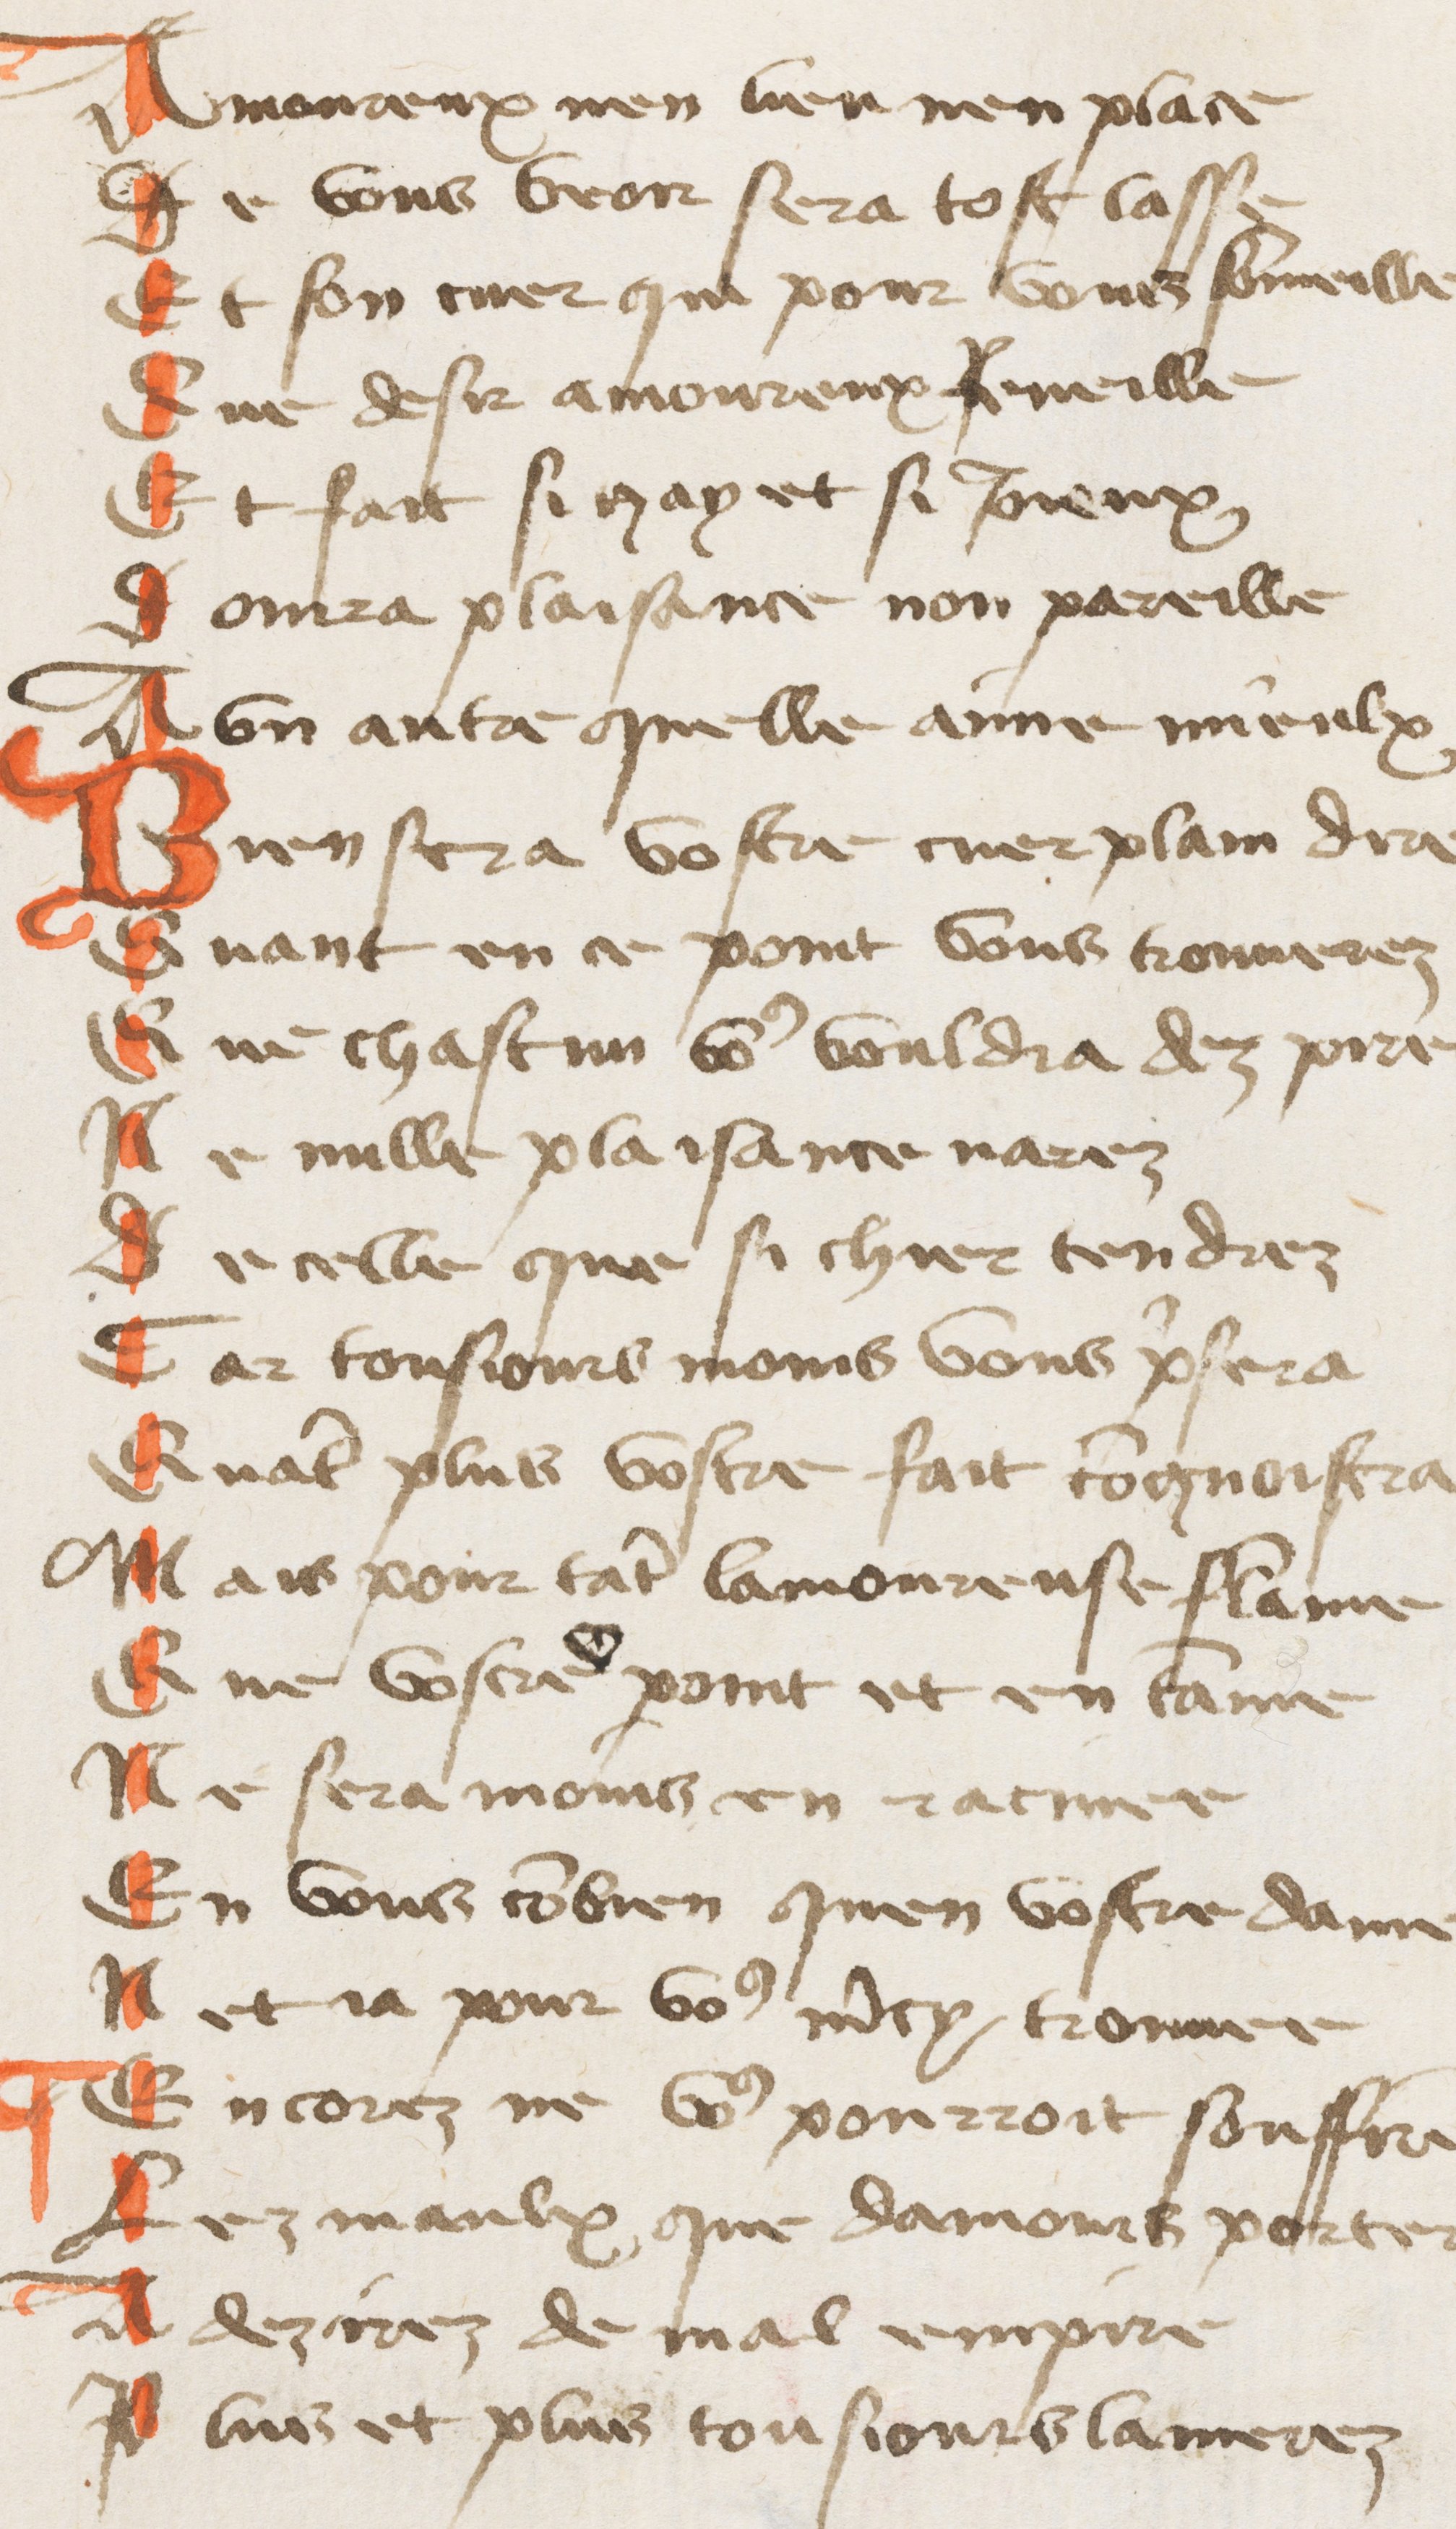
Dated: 1425–1435